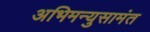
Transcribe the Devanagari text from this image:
अभिमन्युसामंत